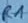
Text: R1